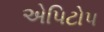
એપિટોપ